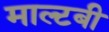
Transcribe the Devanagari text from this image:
माल्टबी